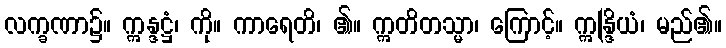
လက္ခဏာ၌။ ဣန္ဒဋ္ဌံ၊ ကို။ ကာရေတိ၊ ၏။ ဣတိတသ္မာ၊ ကြောင့်။ ဣန္ဒြိယံ၊ မည်၏။